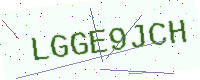
Text: LGGE9JCH